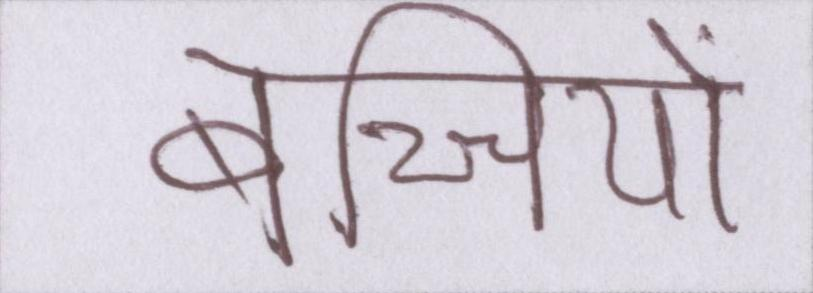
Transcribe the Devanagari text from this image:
बच्चियों